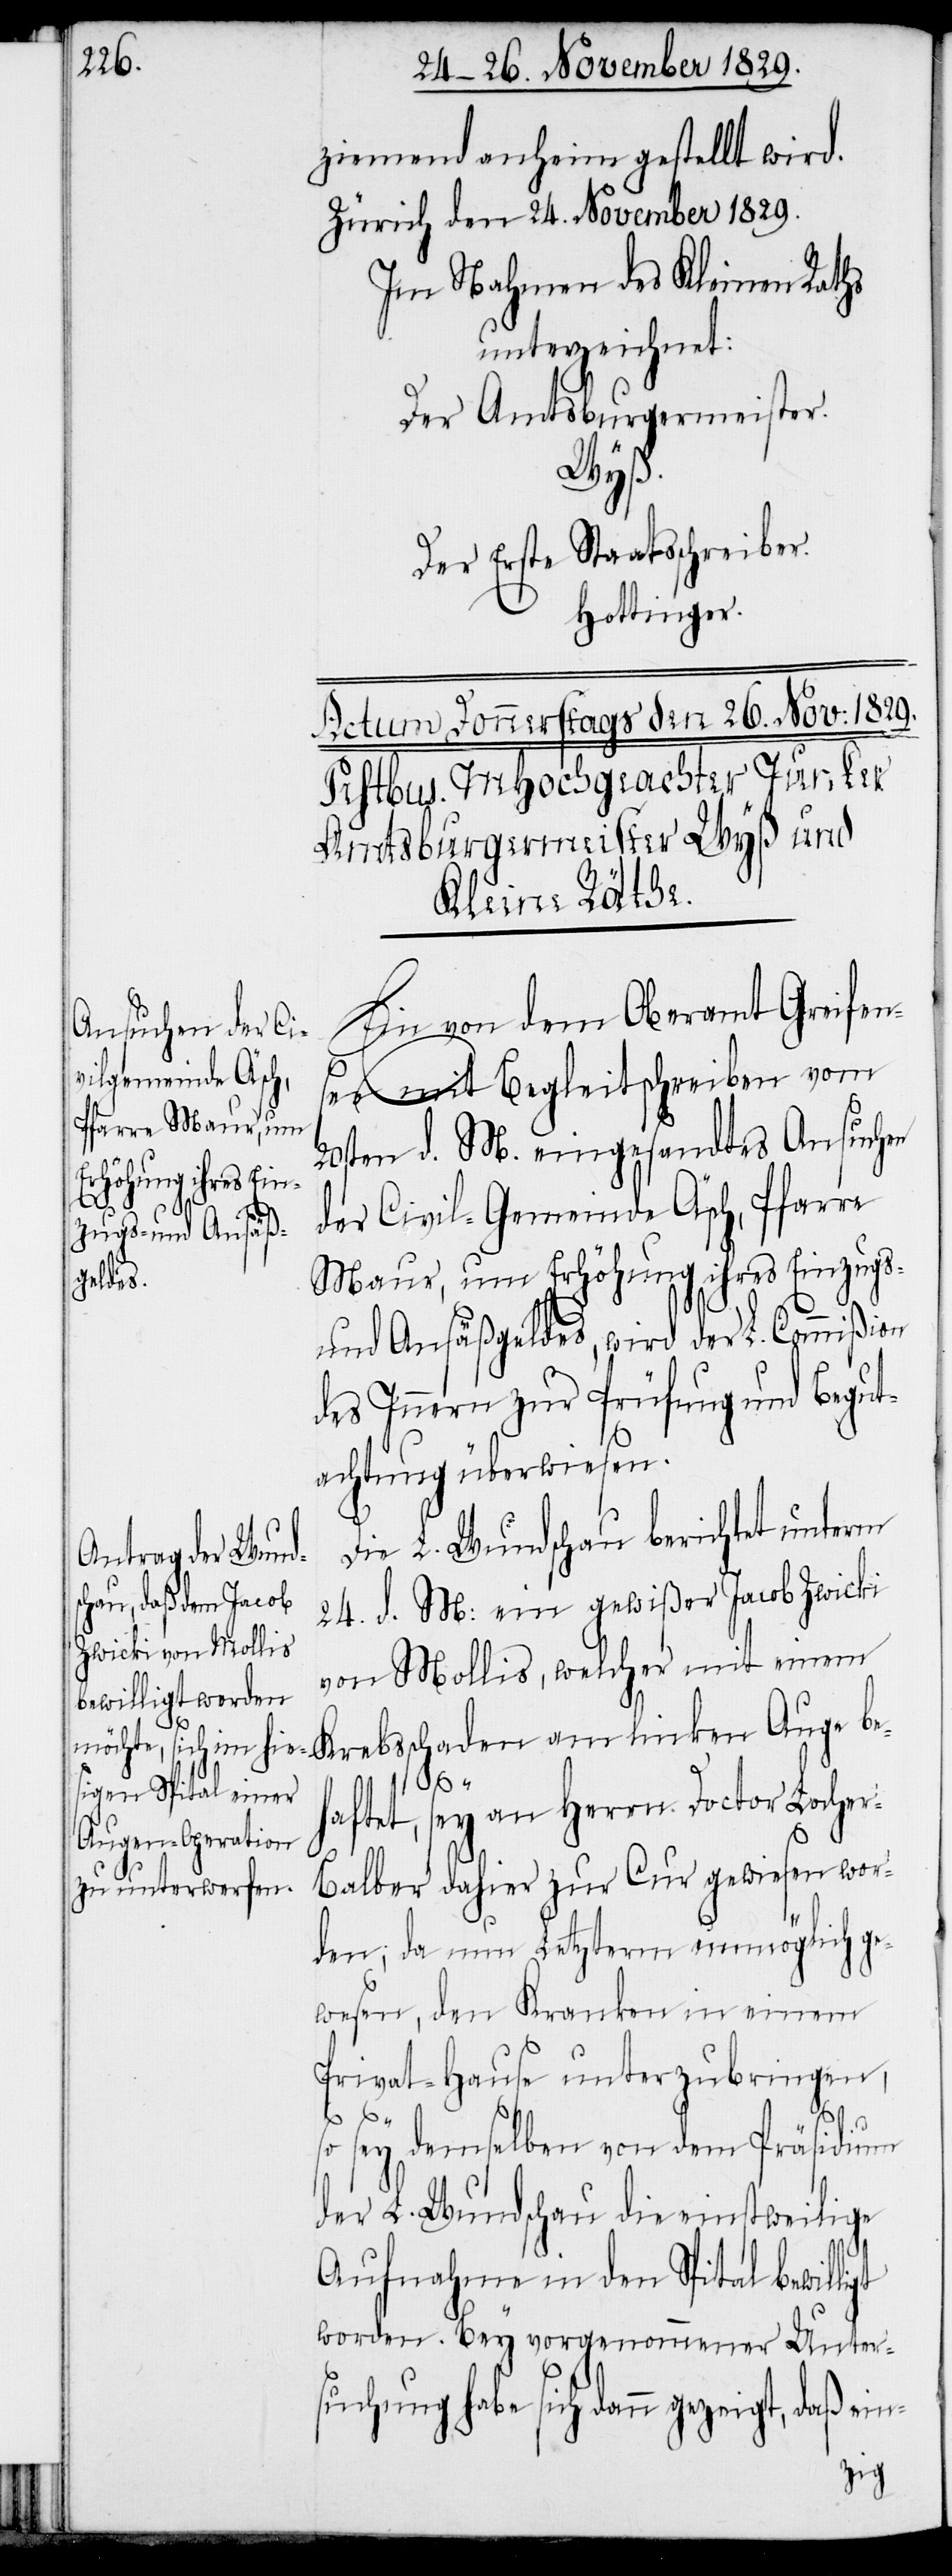
ziemend anheim gestellt wird.
Zürich den 24. November 1829.
Im Nahmen des Kleinen Raths
unterzeichnet:
Der Amtsburgermeister.
Wyß.
Der Erste Staatsschreiber.
Hottinger.
Ein von dem Oberamt Greifen¬
see mit Begleitschreiben vom
20sten d. M. eingesandtes Ansuchen
der Civil-Gemeinde Äsch, Pfarre
Maur, um Erhöhung ihres Einzugs-
und Ansäßengeldes, wird der L. Commißion
des Innern zur Prüfung und Begut¬
achtung überwiesen.
Die L. Wundschau berichtet unterm
24. d. M: ein gewißer Jacob Zwicki
von Mollis, welcher mit einem
Auge be¬
haftet, sey an Herrn Doctor Loche¬
r-Balber dahier zur Cur gewiesen wor¬
den; da nun Letzerm unmöglich ge¬
wesen, den Kranken in einem
Privat-Hause unterzubringen,
so sey demselben von dem Präsidium
der L. Wundschau die einstweilige
Aufnahme in den Spital bewil¬
worden. Bey vorgenommener Unter¬
suchung habe sich dann gezeigt, daß
ligt